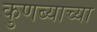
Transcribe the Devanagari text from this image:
कुणब्याच्या